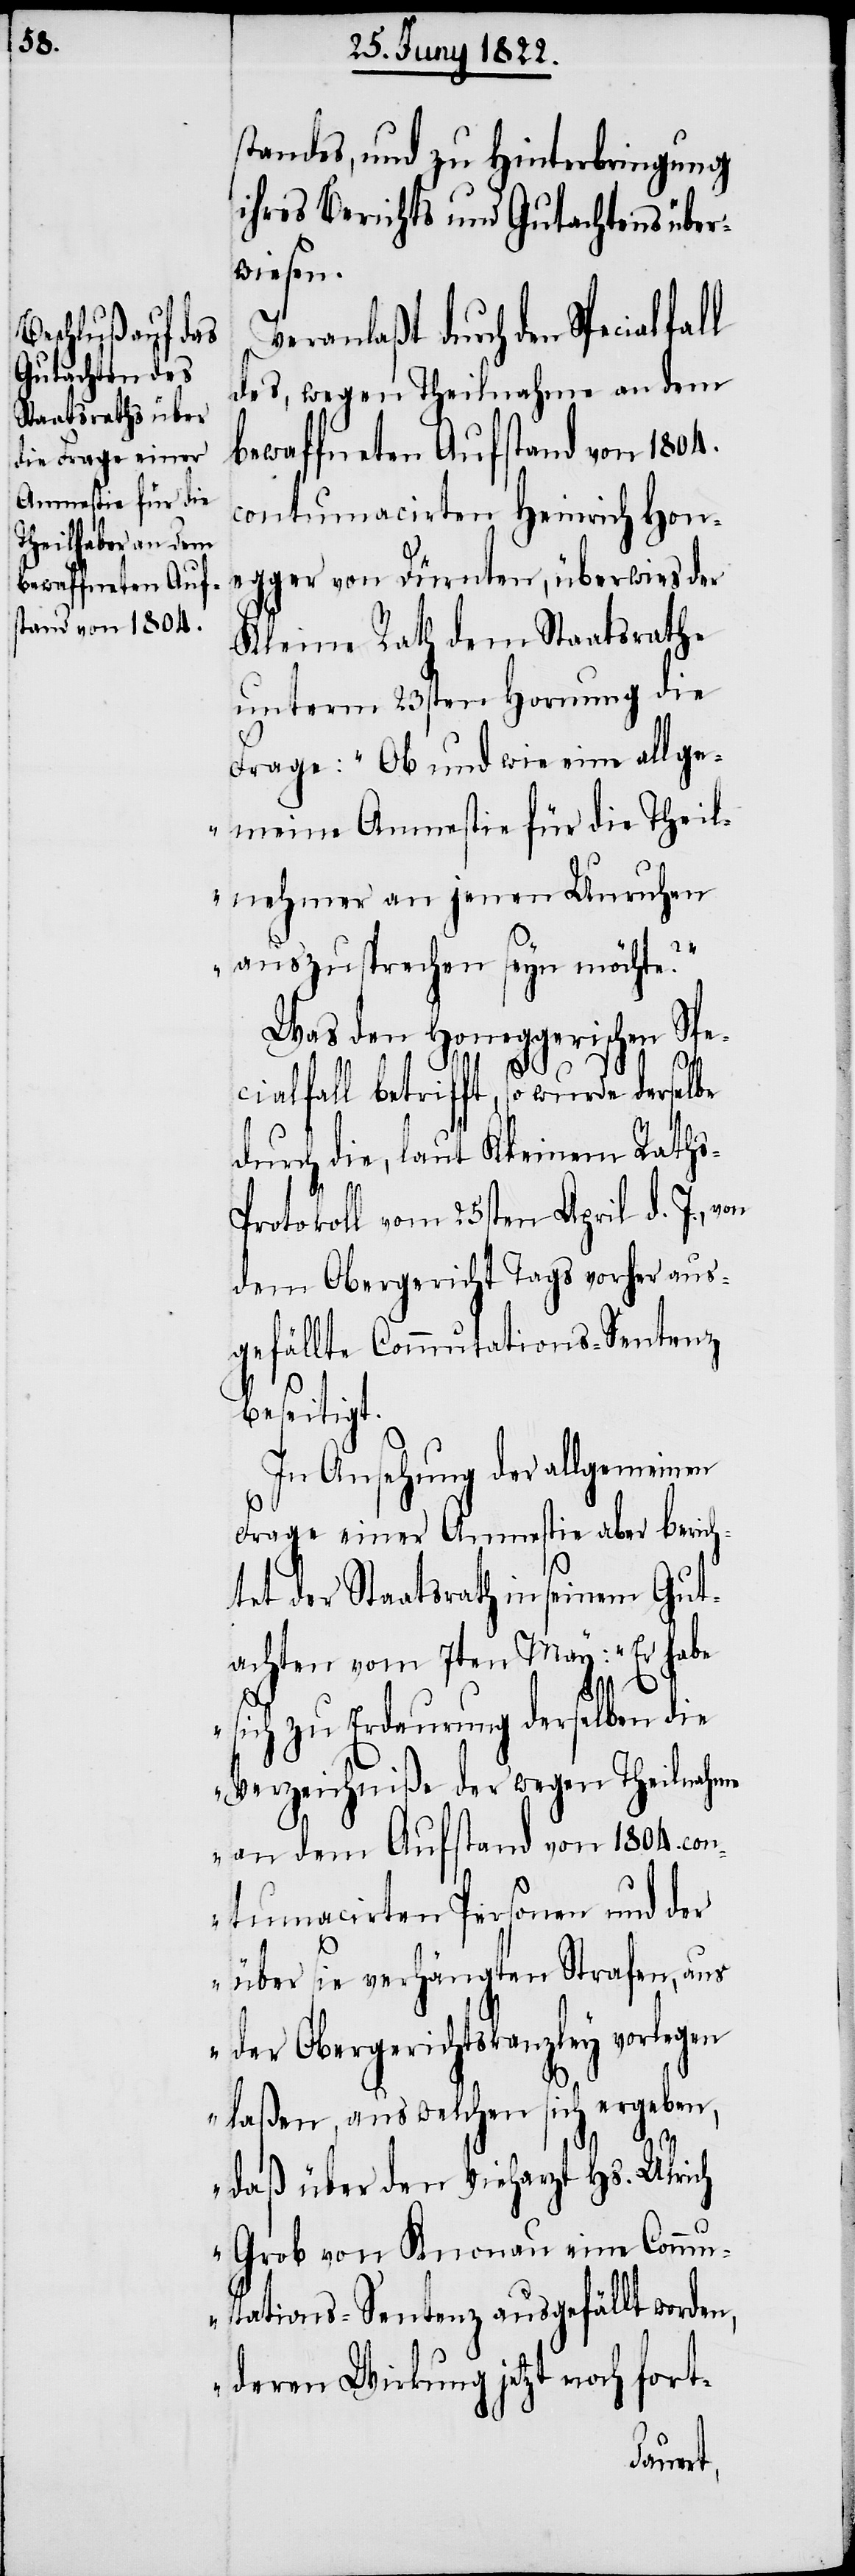
standes, und zu Hinterbringung
ihres Berichts und Gutachtens über¬
wiesen.
Veranlaßt durch den Spezialfal¬
des, wegen Theilnahme an dem
bewaffneten Aufstand von 1804.
contumacirten Heinrich Hon¬
egger von Dürnten, überwies der
Kleine Rath dem Staatsrathe
unterm 23sten Hornung die
Frage: „Ob und wie eine allge¬
meine Amnestie für die Teil¬
nahme an jenen Unruhen
auszusprechen seyn möchte?“
Was den Honeggerischen Spe¬
zialfall betrifft, so wurde derselbe
durch die, laut Kleinen Rath¬
s-Protokoll vom 25sten April d. J.,
dem Obergericht Tags vorher aus¬
gefällte Commutations-Sentenz
beseitigt.
In Ansehung der allgemeinen
Frage einer Amnestie aber berich¬
l
tet der Staatsrath in seinem Gut¬
achten vom 7ten May: „Er habe
sich zu Erdaurung derselben die
Verzeichniße der wegen Theilnahme
an dem Aufstand von 1804. co¬
ntumacirten Personen und der
über sie verhängten Strafen, aus
der Obergerichtskanzley vorlegen
laßen, aus welchen sich ergeben,
daß über den Vieharzt Hs. Ulrich
Grob von Knonau eine Commu¬
tations-Sentenz ausgefällt worden,
deren Wirkung jetzt noch fort-